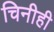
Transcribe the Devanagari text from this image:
चिनीही